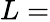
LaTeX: L=